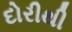
દોરીથી